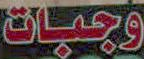
وجبات